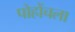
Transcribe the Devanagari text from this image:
पोहोंचला